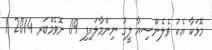
މޮޅަކާ އެކު ވެލެންސިއާ ލީގު ނިންމާލައިފި 09 ނޮވެމްބަރ 2014 1